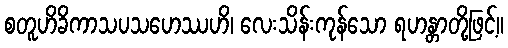
စတူဟိခိကာသပသဟေဿဟိ၊ လေးသိန်းကုန်သော ရဟန္တာတို့ဖြင့်။